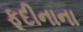
ફૂદીનાના